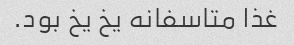
غذا متاسفانه یخ یخ بود.